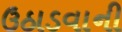
ઉઠાડવાની